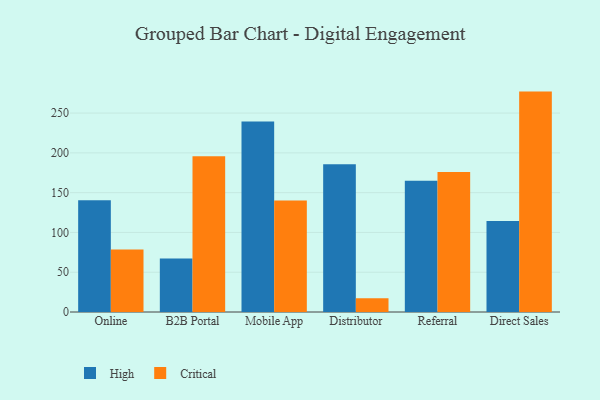
{"axis": {"x": "Channel", "y": "Satisfaction Score"}, "legend": ["Critical", "High"], "data": [{"x": "Online", "y": 140.4, "type": "High"}, {"x": "Online", "y": 78.4, "type": "Critical"}, {"x": "B2B Portal", "y": 67.2, "type": "High"}, {"x": "B2B Portal", "y": 195.6, "type": "Critical"}, {"x": "Mobile App", "y": 239.3, "type": "High"}, {"x": "Mobile App", "y": 140.2, "type": "Critical"}, {"x": "Distributor", "y": 185.6, "type": "High"}, {"x": "Distributor", "y": 17.3, "type": "Critical"}, {"x": "Referral", "y": 165.1, "type": "High"}, {"x": "Referral", "y": 176.1, "type": "Critical"}, {"x": "Direct Sales", "y": 114.3, "type": "High"}, {"x": "Direct Sales", "y": 277.0, "type": "Critical"}]}